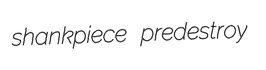
shankpiece predestroy